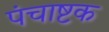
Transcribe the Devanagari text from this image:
पंचाष्टक